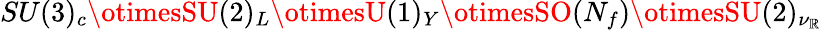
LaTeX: SU(3)_{c}\otimesSU(2)_{L}\otimesU(1)_{Y}\otimesSO(N_{f})\otimesSU(2)_{\nu_{\mathbb{R}}}